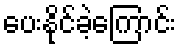
ပေးနိုင်ခဲ့ကြောင်း